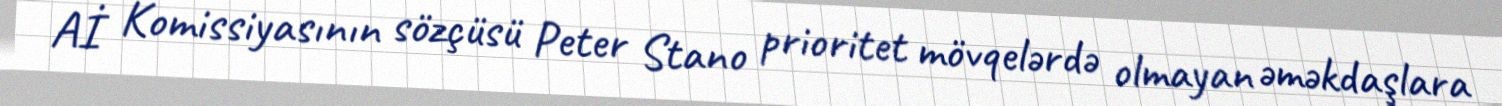
Aİ Komissiyasının sözçüsü Peter Stano prioritet mövqelərdə olmayan əməkdaşlara